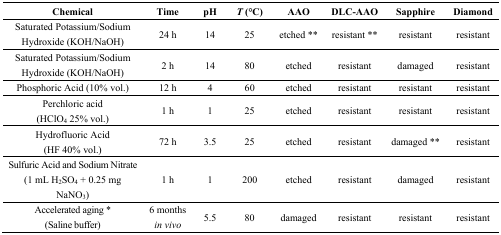
<table><thead><tr><td><b>Chemical</b></td><td><b>Time</b></td><td><b>pH</b></td><td><b><i>T</i> (°C)</b></td><td><b>AAO</b></td><td><b>DLC-AAO</b></td><td><b>Sapphire</b></td><td><b>Diamond</b></td></tr></thead><tbody><tr><td>Saturated Potassium/Sodium Hydroxide (KOH/NaOH) </td><td>24 h</td><td>14</td><td>25</td><td>etched **</td><td>resistant **</td><td>resistant</td><td>resistant</td></tr><tr><td>Saturated Potassium/Sodium Hydroxide (KOH/NaOH) </td><td>2 h</td><td>14</td><td>80</td><td>etched</td><td>resistant</td><td>damaged</td><td>resistant</td></tr><tr><td>Phosphoric Acid (10% vol.)</td><td>12 h</td><td>4</td><td>60</td><td>etched</td><td>resistant</td><td>resistant</td><td>resistant</td></tr><tr><td>Perchloric acid (HClO<sub>4</sub> 25% vol.)</td><td>1 h</td><td>1</td><td>25</td><td>etched</td><td>resistant</td><td>resistant</td><td>resistant</td></tr><tr><td>Hydrofluoric Acid (HF 40% vol.)</td><td>72 h</td><td>3.5</td><td>25</td><td>etched</td><td>resistant</td><td>damaged **</td><td>resistant</td></tr><tr><td>Sulfuric Acid and Sodium Nitrate (1 mL H<sub>2</sub>SO<sub>4</sub> + 0.25 mg NaNO<sub>3</sub>)</td><td>1 h</td><td>1</td><td>200</td><td>etched</td><td>resistant</td><td>damaged</td><td>resistant</td></tr><tr><td>Accelerated aging * (Saline buffer)</td><td>6 months<i>in vivo</i></td><td>5.5</td><td>80</td><td>damaged</td><td>resistant</td><td>resistant </td><td>resistant</td></tr></tbody></table>